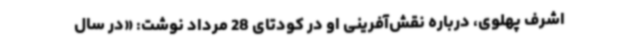
اشرف پهلوی، درباره نقش‌آفرینی او در کودتای 28 مرداد نوشت: «در سال